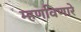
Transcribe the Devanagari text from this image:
म्हणविणारे